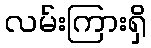
လမ်းကြားရှိ